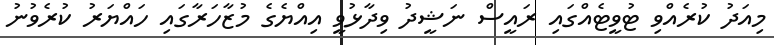
މިއަދު ކުރެއްވި ޓުވީޓެއްގައި ރައީސް ނަޝީދު ވިދާޅުވީ އިއްޔެގެ މުޒާހަރާގައި ހައްޔަރު ކުރެވުނު